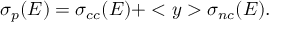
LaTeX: \sigma _ { p } ( E ) = \sigma _ { c c } ( E ) + < y > \sigma _ { n c } ( E ) .